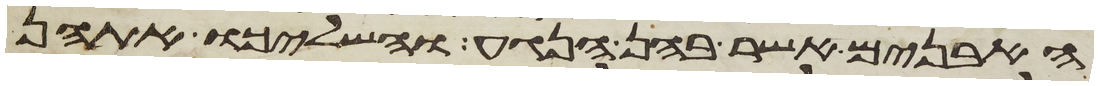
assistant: האבנים אשר בהן הנגע והשליכו אתהן